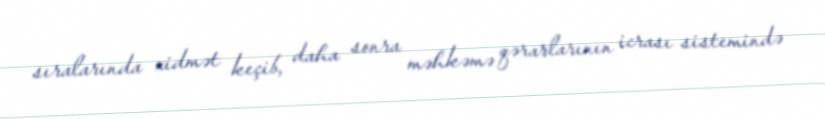
sıralarında xidmət keçib, daha sonra məhkəmə qərarlarının icrası sistemində